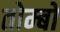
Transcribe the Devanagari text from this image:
तोम्बो